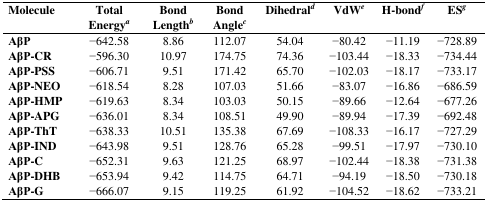
<table><thead><tr><td><b>Molecule</b></td><td><b>Total Energya</b></td><td><b>Bond Lengthb</b></td><td><b>Bond Anglec</b></td><td><b>Dihedrald</b></td><td><b>VdWe</b></td><td><b>H-bondf</b></td><td><b>ESg</b></td></tr></thead><tbody><tr><td><b>AβP</b></td><td>−642.58</td><td>8.86</td><td>112.07</td><td>54.04</td><td>−80.42</td><td>−11.19</td><td>−728.89</td></tr><tr><td><b>AβP-CR</b></td><td>−596.30</td><td>10.97</td><td>174.75</td><td>74.36</td><td>−103.44</td><td>−18.33</td><td>−734.44</td></tr><tr><td><b>AβP-PSS</b></td><td>−606.71</td><td>9.51</td><td>171.42</td><td>65.70</td><td>−102.03</td><td>−18.17</td><td>−733.17</td></tr><tr><td><b>AβP-NEO</b></td><td>−618.54</td><td>8.28</td><td>107.03</td><td>51.66</td><td>−83.07</td><td>−16.86</td><td>−686.59</td></tr><tr><td><b>AβP-HMP</b></td><td>−619.63</td><td>8.34</td><td>103.03</td><td>50.15</td><td>−89.66</td><td>−12.64</td><td>−677.26</td></tr><tr><td><b>AβP-APG</b></td><td>−636.01</td><td>8.34</td><td>108.51</td><td>49.90</td><td>−89.94</td><td>−17.39</td><td>−692.48</td></tr><tr><td><b>AβP-ThT</b></td><td>−638.33</td><td>10.51</td><td>135.38</td><td>67.69</td><td>−108.33</td><td>−16.17</td><td>−727.29</td></tr><tr><td><b>AβP-IND</b></td><td>−643.98</td><td>9.51</td><td>128.76</td><td>65.28</td><td>−99.51</td><td>−17.97</td><td>−730.10</td></tr><tr><td><b>AβP-C</b></td><td>−652.31</td><td>9.63</td><td>121.25</td><td>68.97</td><td>−102.44</td><td>−18.38</td><td>−731.38</td></tr><tr><td><b>AβP-DHB</b></td><td>−653.94</td><td>9.42</td><td>114.75</td><td>64.71</td><td>−94.19</td><td>−18.50</td><td>−730.18</td></tr><tr><td><b>AβP-G</b></td><td>−666.07</td><td>9.15</td><td>119.25</td><td>61.92</td><td>−104.52</td><td>−18.62</td><td>−733.21</td></tr></tbody></table>